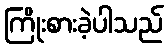
ကြိုးစားခဲ့ပါသည်